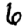
Digit: 6